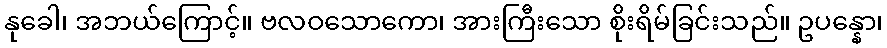
နုခေါ၊ အဘယ်ကြောင့်။ ဗလဝသောကော၊ အားကြီးသော စိုးရိမ်ခြင်းသည်။ ဥပန္နော၊